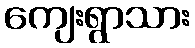
ကျေးရွာသား